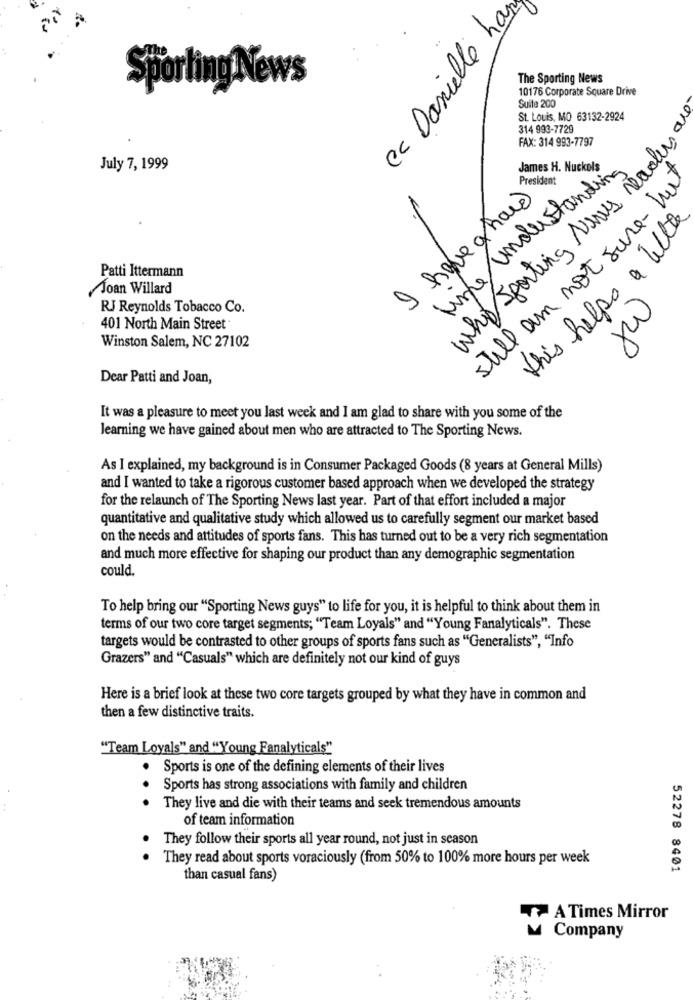
cc Danielle ha
The Sporting News
Sporting News
10176 Corporate Square Drive
Suite 200
St. Louis, MO 63132-2924
314 993-7729
FAX: 314 993-7797
Why Sporting News readers
July 7, 1999
Line understanding
James H. Nuckols
still am not sure- hat
President
I have ghand
this helps a little
Patti Ittermann
Joan Willard
RJ Reynolds Tobacco Co.
ju
401 North Main Street
Winston Salem, NC 27102
Dear Patti and Joan,
It was a pleasure to meet you last week and I am glad to share with you some of the
learning we have gained about men who are attracted to The Sporting News.
As I explained, my background is in Consumer Packaged Goods (8 years at General Mills)
and I wanted to take a rigorous customer based approach when we developed the strategy
for the relaunch of The Sporting News last year. Part of that effort included a major
quantitative and qualitative study which allowed us to carefully segment our market based
on the needs and attitudes of sports fans. This has turned out to be a very rich segmentation
and much more effective for shaping our product than any demographic segmentation
could.
To help bring our "Sporting News guys" to life for you, it is helpful to think about them in
terms of our two core target segments; "Team Loyals" and "Young Fanalyticals". These
targets would be contrasted to other groups of sports fans such as "Generalists", "Info
Grazers" and "Casuals" which are definitely not our kind of guys
Here is a brief look at these two core targets grouped by what they have in common and
then a few distinctive traits.
"Team Loyals" and "Young Fanalyticals"
..
. Sports is one of the defining elements of their lives
Sports has strong associations with family and children
They live and die with their teams and seek tremendous amounts
of team information
They follow their sports all year round, not just in season
They read about sports voraciously (from 50% to 100% more hours per week
52278 8401
than casual fans)
A Times Mirror
Company